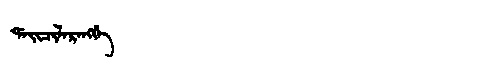
Manchu: ᡩᠠᡳᠴᡳᠯᠠᡵᠠᠩᡤᡝ
Romanization: DAICILARANGGE